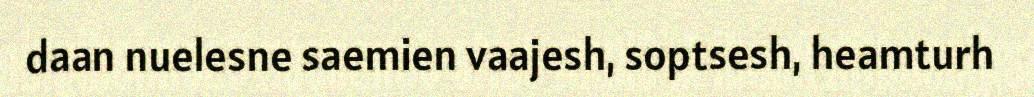
daan nuelesne saemien vaajesh, soptsesh, heamturh